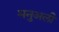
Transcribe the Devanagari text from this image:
मनुअली